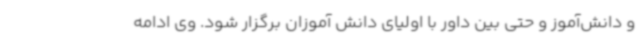
و دانش‌آموز و حتی بین داور با اولیای دانش آموزان برگزار شود. وی ادامه